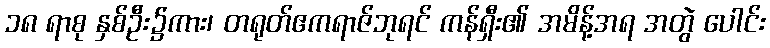
၁၈ ရာစု နှစ်ဦး၌ကား၊ တရုတ်ဧကရာဇ်ဘုရင် ကန်ရှီး၏ အမိန့်အရ အတွဲ ပေါင်း